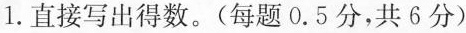
1.直接写出得数。(每题0.5分，共6分)